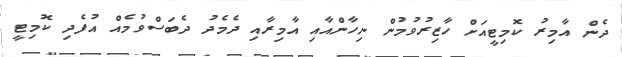
ދެން އާމިރު ކޮމިޓީއަށް ހާޒިރުވުމުން ނިހާންއާއި އާމިރާއި ދެމެދު ދެބަސްވުމެއް އުފެދި ކޮމިޓީ